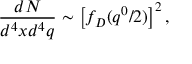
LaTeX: \frac { d N } { d ^ { 4 } x d ^ { 4 } q } \sim \left[ f _ { D } ( q ^ { 0 } / 2 ) \right] ^ { 2 } ,